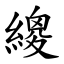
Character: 繌